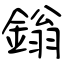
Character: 鎓